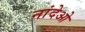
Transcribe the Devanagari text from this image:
नांदेओ